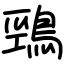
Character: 鵛